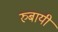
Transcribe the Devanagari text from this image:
रुबायी